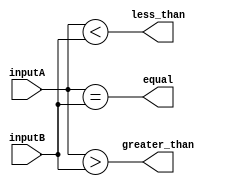
module comparator(
    input [7:0] inputA,
    input [7:0] inputB,
    output equal,
    output less_than,
    output greater_than
    );

assign equal = (inputA == inputB);
assign less_than = (inputA < inputB);
assign greater_than = (inputA > inputB);

endmodule